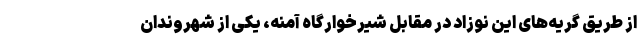
از طریق گریه‌های این نوزاد در مقابل شیرخوارگاه آمنه، یکی از شهروندان